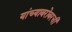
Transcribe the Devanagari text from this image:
यांच्याबरोबरची